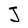
Character: J